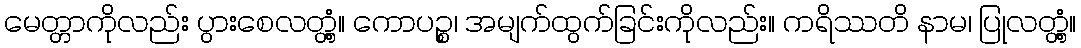
မေတ္တာကိုလည်း ပွားစေလတ္တံ့။ ကောပဉ္စ၊ အမျက်ထွက်ခြင်းကိုလည်း။ ကရိဿတိ နာမ၊ ပြုလတ္တံ့။